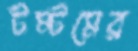
টম্টমের